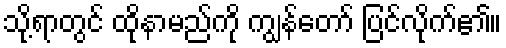
သို့ရာတွင် ထိုနာမည်ကို ကျွန်တော် ပြင်လိုက်၏။